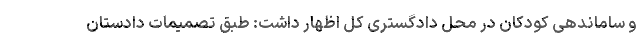
و ساماندهی کودکان در محل دادگستری کل اظهار داشت: طبق تصمیمات دادستان